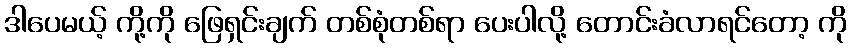
ဒါပေမယ့် ကို့ကို ဖြေရှင်းချက် တစ်စုံတစ်ရာ ပေးပါလို့ တောင်းခံလာရင်တော့ ကို